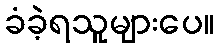
ခံခဲ့ရသူများပေ။